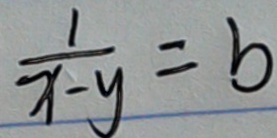
\frac { 1 } { x - y } = b